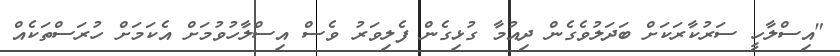
"އިސްލާހީ ސަރުކާރަކަށް ބަދަލުވެގެން ދިއުމާ ގުޅިގެން ފެލިވަރު ވެސް އިސްލާހުވުމަށް އެކަމަށް ހުރަސްތަކެއް